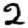
Digit: 2